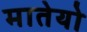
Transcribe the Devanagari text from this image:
मातेयो